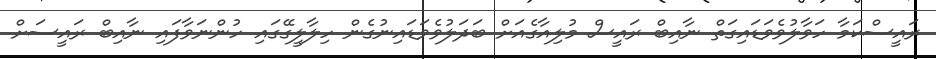
ރައީސްކަމާ ހަވާލުވެވަޑައިގަތް ނާއިބް ރައީސް މުލިއާގެއަށް ބަދަލުވެވަޑައިނުގެން ހިލާލީގޭގައި ހުންނަވާފައި ނާއިބް ރައީސަށް